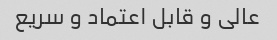
عالی و قابل اعتماد و سریع